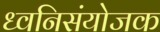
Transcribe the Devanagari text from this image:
ध्वनिसंयोजक